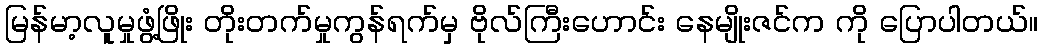
မြန်မာ့လူမှုဖွံ့ဖြိုး တိုးတက်မှုကွန်ရက်မှ ဗိုလ်ကြီးဟောင်း နေမျိုးဇင်က ကို ပြောပါတယ်။